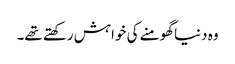
وہ دنیا گھومنے کی خواہش رکھتے تھے۔